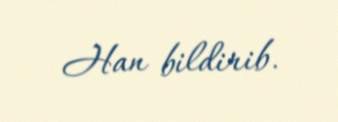
Han bildirib.